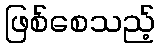
ဖြစ်စေသည့်